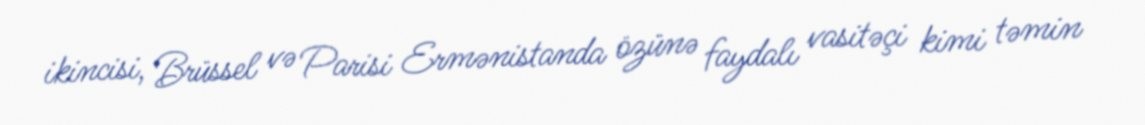
ikincisi, Brüssel və Parisi Ermənistanda özünə faydalı vasitəçi kimi təmin